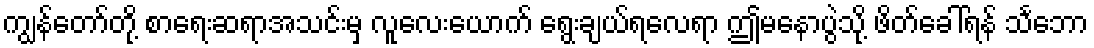
ကျွန်တော်တို့ စာရေးဆရာအသင်းမှ လူလေးယောက် ရွေးချယ်ရလေရာ ဤမနောပွဲသို့ ဖိတ်ခေါ်ရန် သင်္ဘော